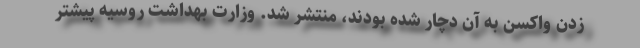
زدن واکسن به آن دچار شده بودند، منتشر شد. وزارت بهداشت روسیه پیشتر